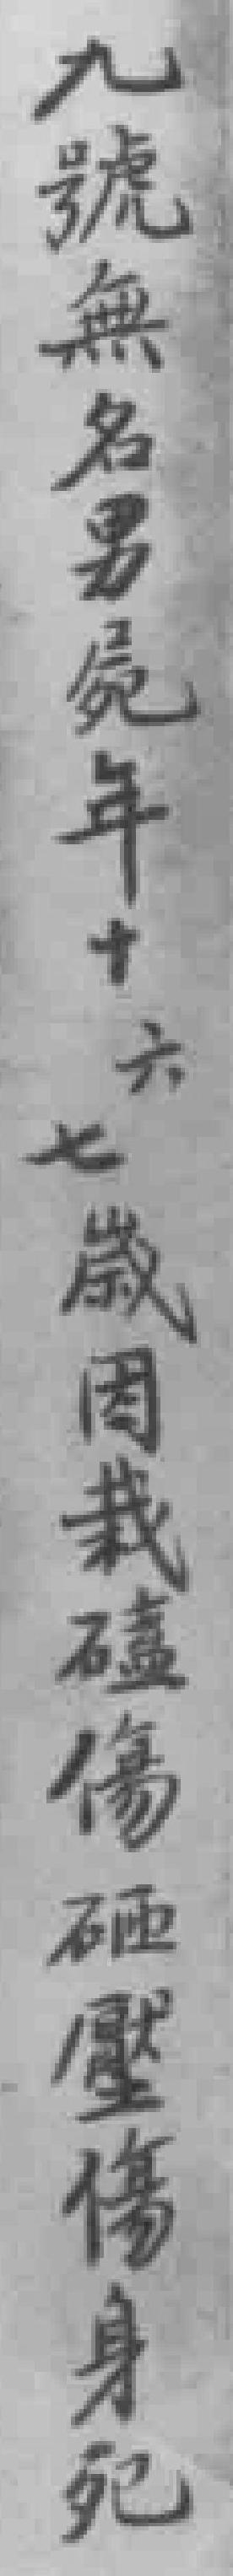
九號無名男屍年十六七歲因栽磕傷砸壓傷身死